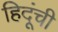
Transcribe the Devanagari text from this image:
हिदूंची